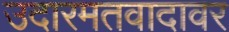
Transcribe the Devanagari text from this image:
उदारमतवादावर